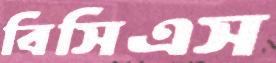
বিসিএস